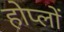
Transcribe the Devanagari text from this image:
होप्लों